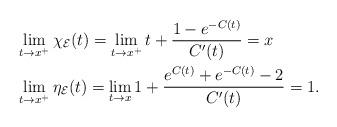
LaTeX: \begin{align*}&\lim_{t\rightarrow x^+}\chi_{\mathcal{E}}(t)=\lim_{t\rightarrow x^+}t+\frac{1-e^{-C(t)}}{C'(t)}=x\\&\lim_{t\rightarrow x^+}\eta_{\mathcal{E}}(t)=\lim_{t\rightarrow x}1+\frac{e^{C(t)}+e^{-C(t)}-2}{C'(t)}=1.\end{align*}